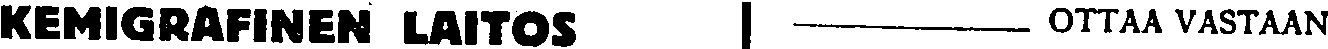
KEMIGRAFINEN LATOS OTTAA VASTAAN